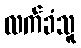
လက်ခံသူ